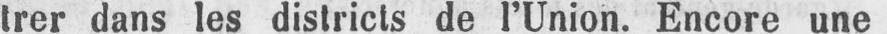
trer dans les districts de l’Union. Encore une